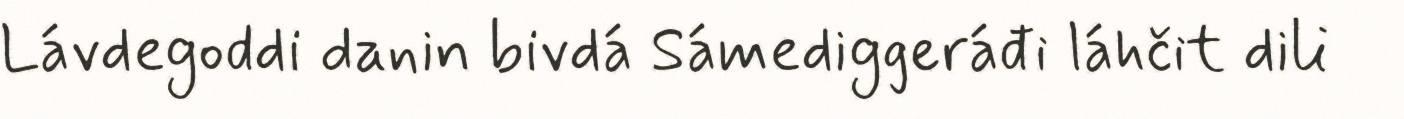
Lávdegoddi danin bivdá Sámediggeráđi láhčit dili